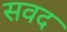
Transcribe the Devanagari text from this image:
सवद